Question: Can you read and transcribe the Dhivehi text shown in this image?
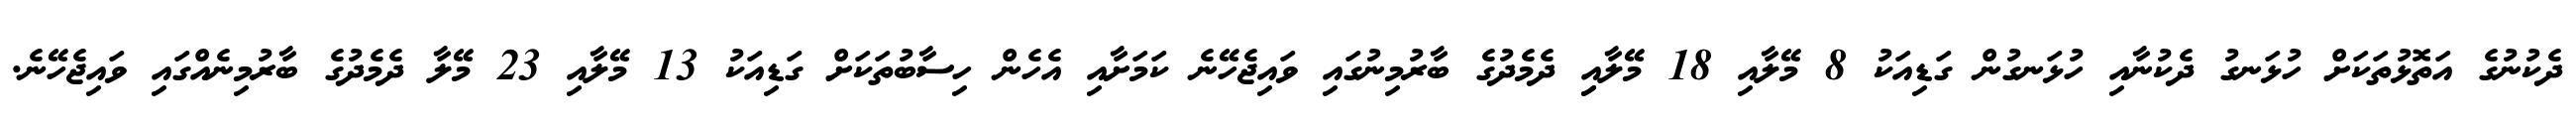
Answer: ދެކުނުގެ އަތޮޅުތަކަށް ހުޅަނގު ދެކުނާއި ހުޅަނގުން ގަޑިއަކު 8 މޭލާއި 18 މޭލާއިި ދެމެދުގެ ބާރުމިނުގައި ވައިޖެހޭނެ ކަމަށާއި އެހެން ހިސާބުތަކަށް ގަޑިއަކު 13 މޭލާއި 23 މޭލާ ދެމެދުގެ ބާރުމިނެއްގައި ވައިޖެހޭނެ.